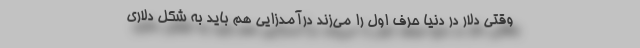
وقتی دلار در دنیا حرف اول را می‌زند درآمدزایی هم باید به شکل دلاری